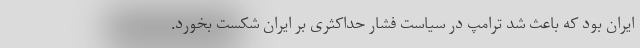
ایران بود که باعث شد ترامپ در سیاست فشار حداکثری بر ایران شکست بخورد.